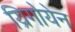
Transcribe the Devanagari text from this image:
य्रिगोयेन